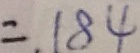
= . 1 8 4